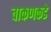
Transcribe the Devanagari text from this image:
चाकणकडे